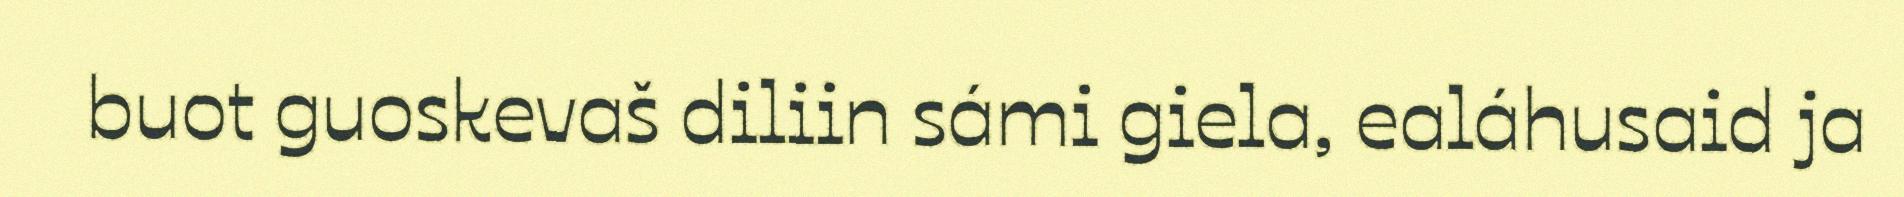
buot guoskevaš diliin sámi giela, ealáhusaid ja